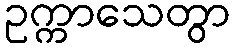
ဥက္ကာသေတွာ